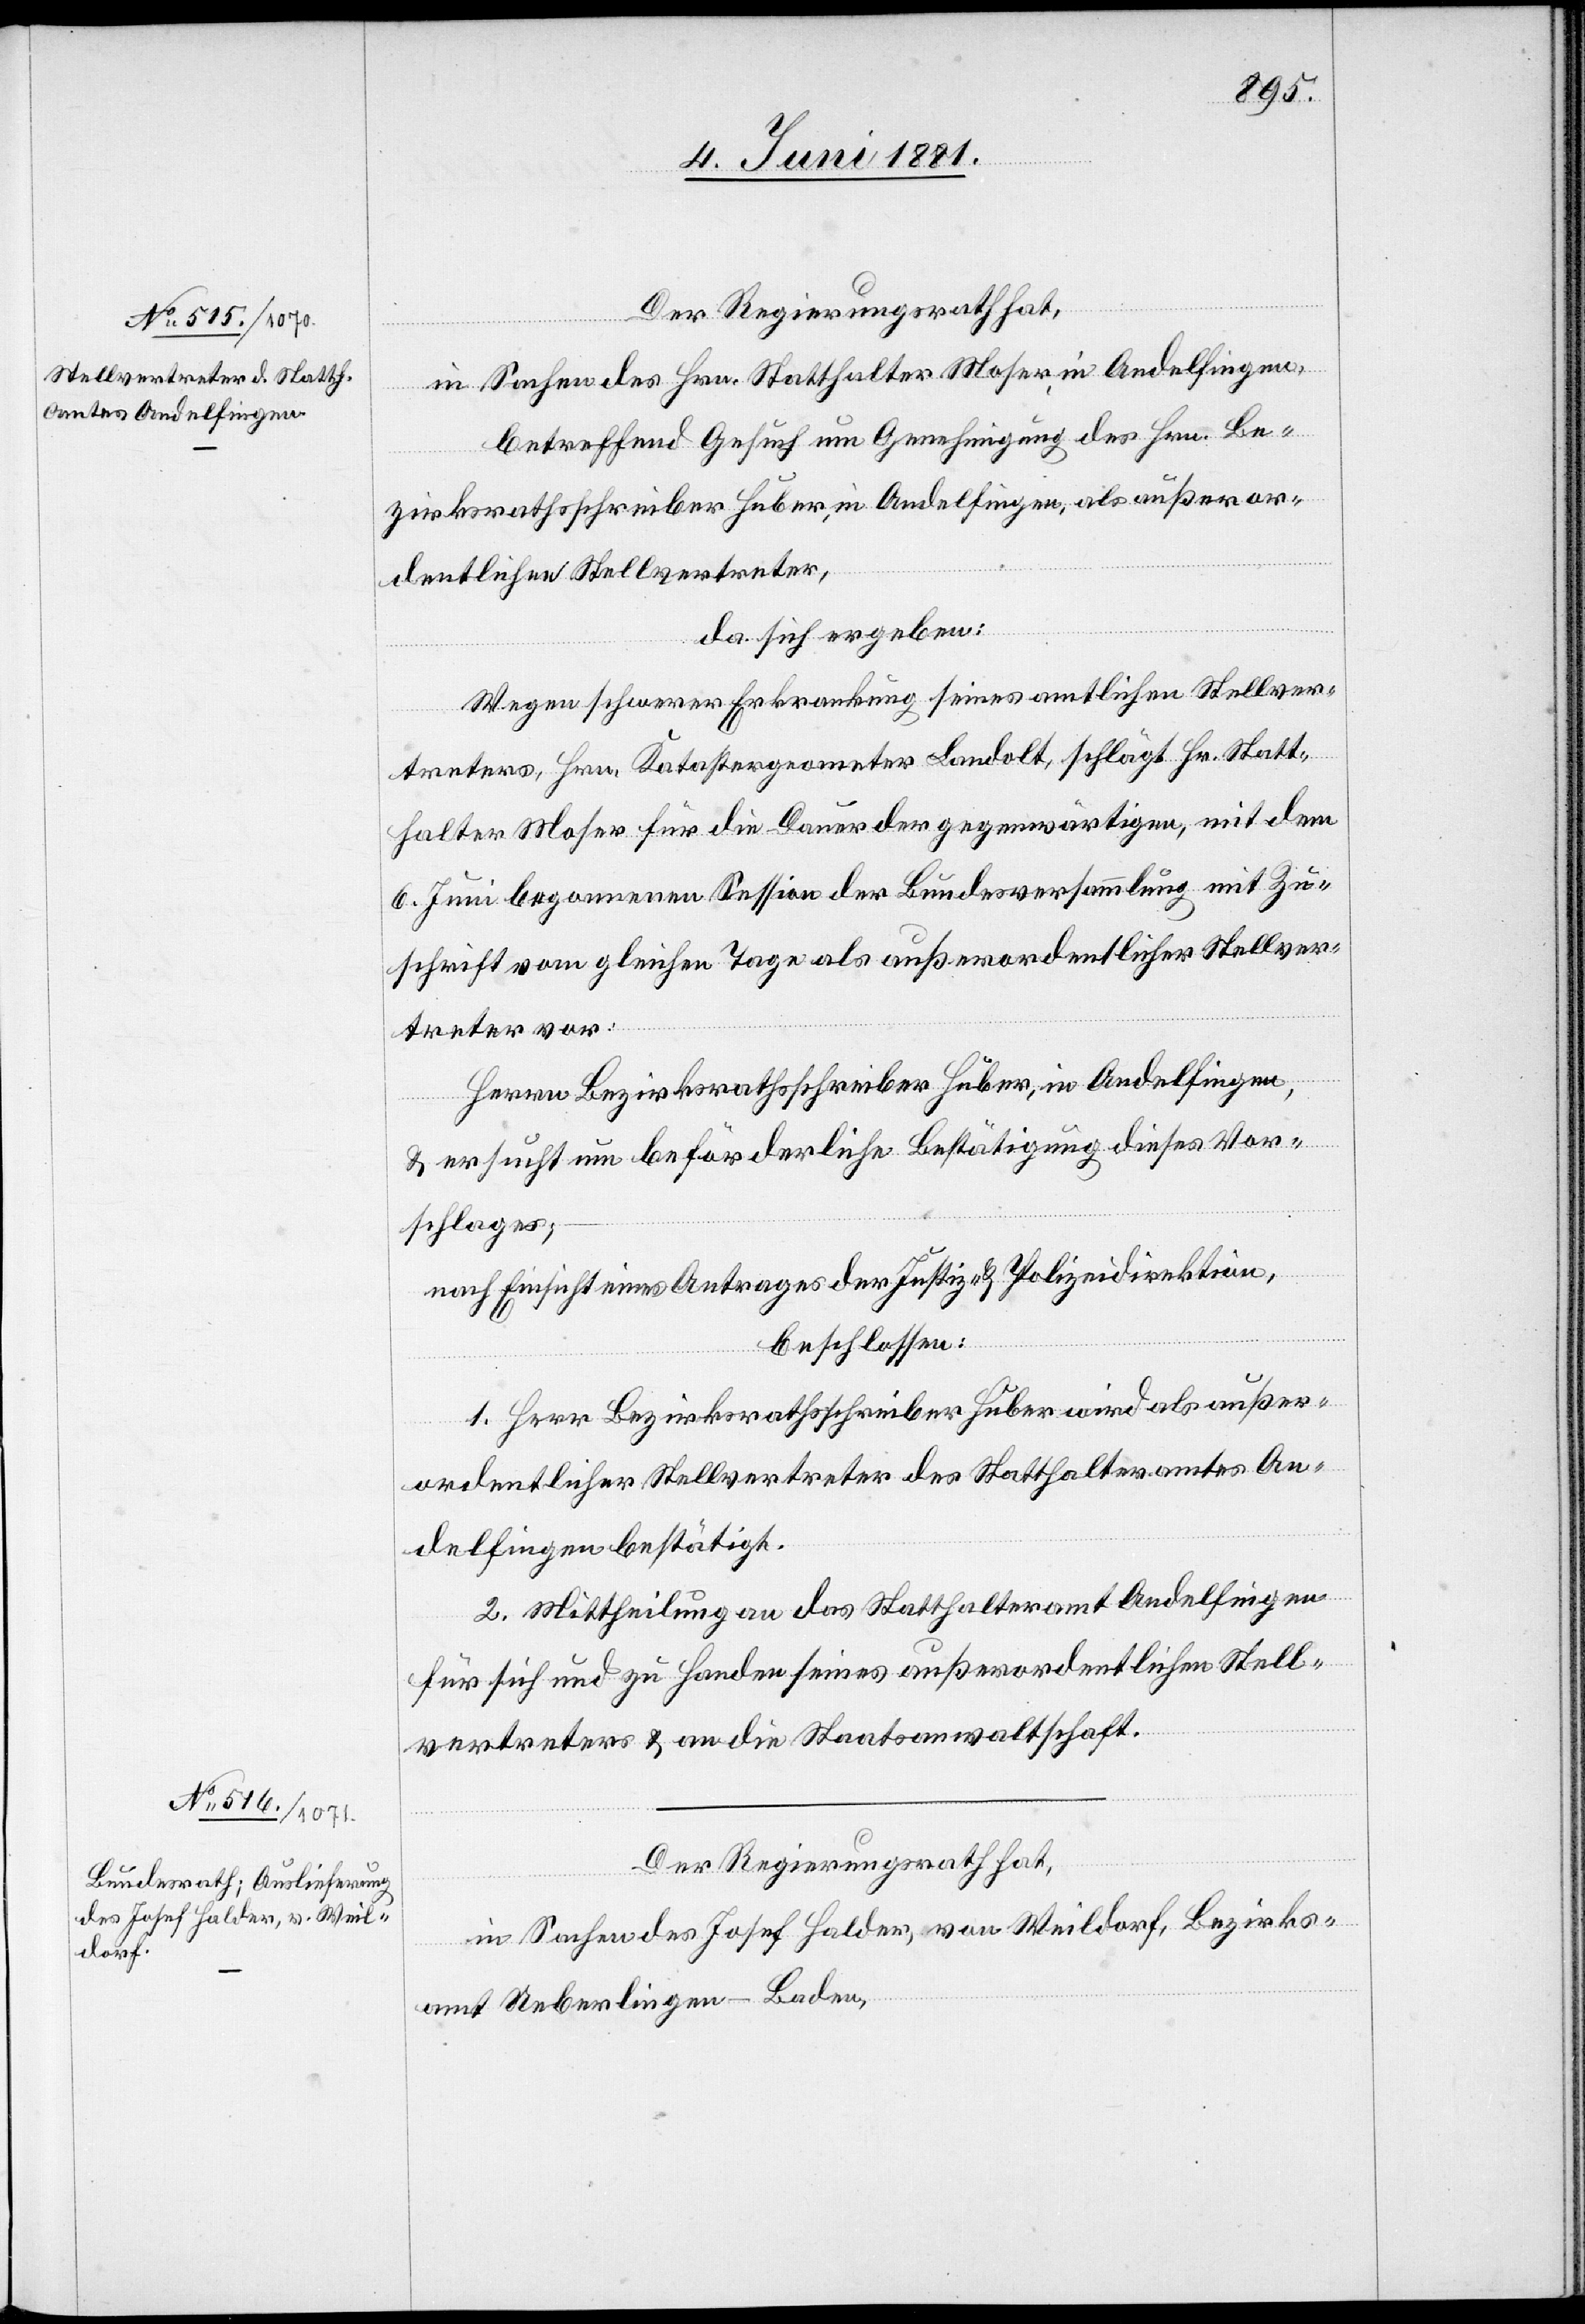
8. Juni 1881]
Der Regierungsrath hat,
in Sachen des Hrn. Statthalter Moser, in Andelfingen,
betreffend Gesuch um Genehmigung des Hrn. Be¬
zirksrathsschreiber Huber, in Andelfingen, als außeror¬
dentlichen Stellvertreter,
da sich ergeben:
Wegen schwerer Erkrankung seines amtlichen Stellver¬
treters, Hrn. Katastergeometer Landolt, schlägt Hr. Statt¬
halter Moser für die Dauer der gegenwärtigen, mit dem
6. Juni begonnenen Session der Bundesversammlung mit Zu¬
schrift vom gleichen Tage als außerordentlicher Stellver¬
treter vor:
Herrn Bezirksrathsschreiber Huber, in Andelfingen,
& ersucht um beförderliche Bestätigung dieses Vor¬
schlages;
nach Einsicht eines Antrages der Justiz- & Polizeidirektion,
beschlossen:
1. Herr Bezirksrathsschreiber Huber wird als außer¬
ordentlicher Stellvertreter des Statthalteramtes An¬
delfingen bestätigt.
2. Mittheilung an das Statthalteramt Andelfingen
für sich und zu Handen seines außerordentlichen Stell¬
vertreters & an die Staatsanwaltschaft.
in Sachen des Josef Halder, von Weildorf, Bezirks¬
amt Ueberlingen - Baden,